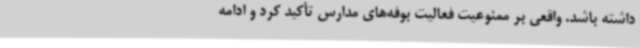
داشته باشد. واقعی بر ممنوعیت فعالیت بوفه‌های مدارس تأکید کرد و ادامه